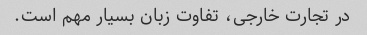
در تجارت خارجی، تفاوت زبان بسیار مهم است.